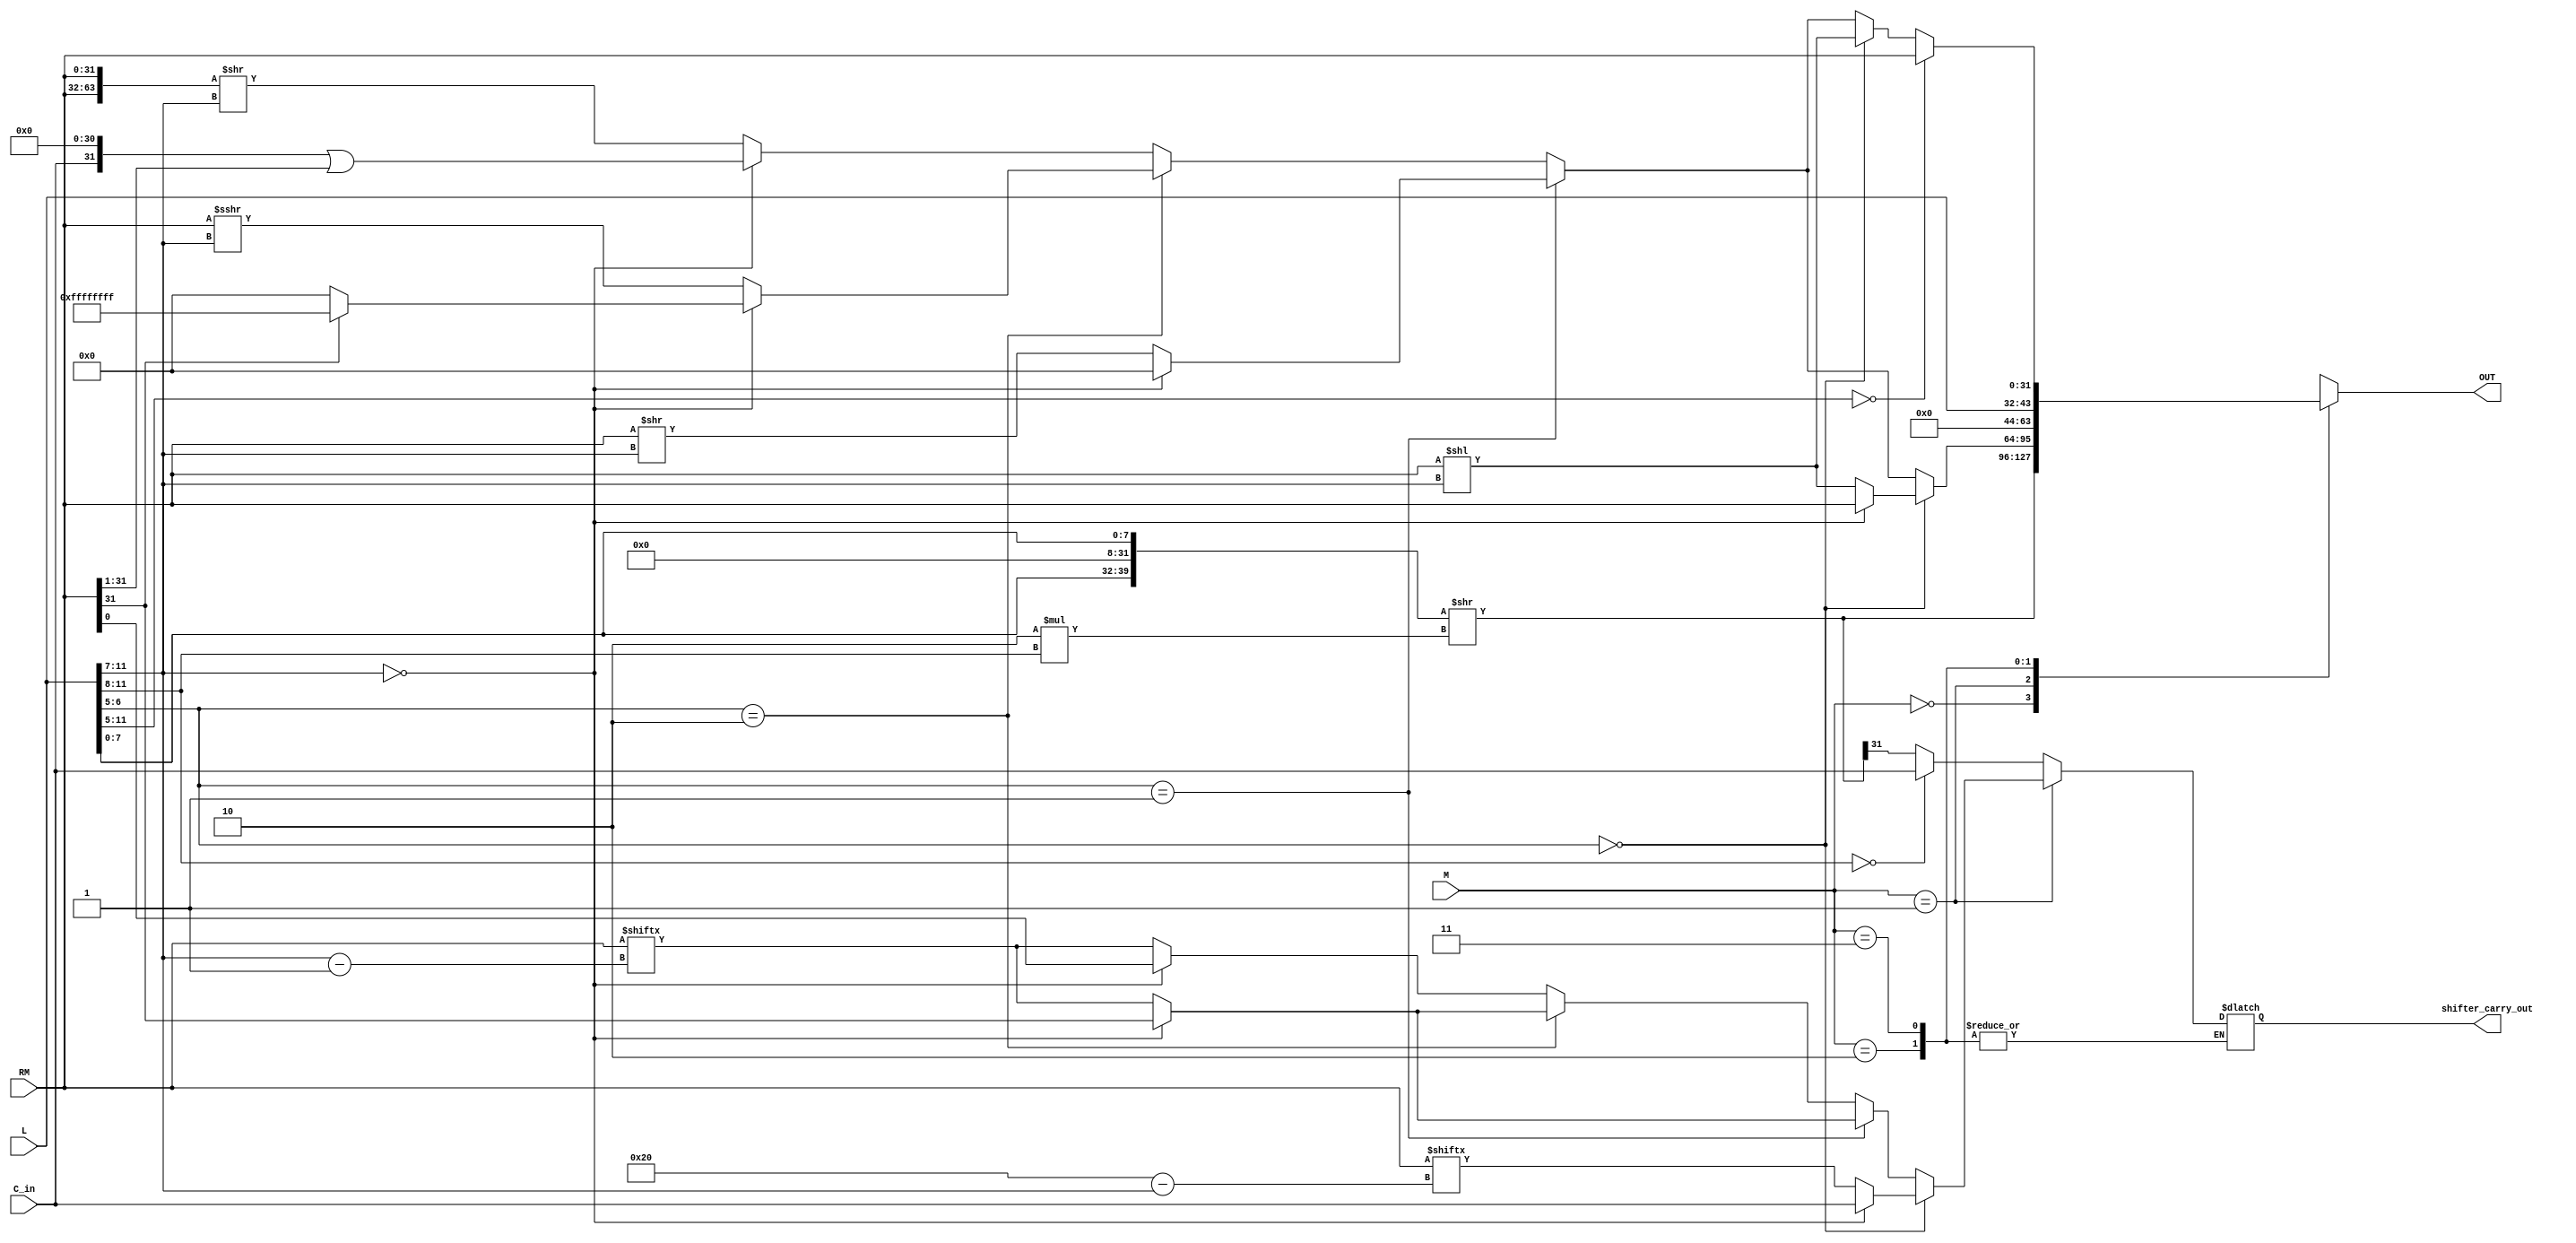
module shifter (output reg[31:0] OUT, output reg shifter_carry_out, input [31:0] RM, input[11:0] L, input[1:0] M, input C_in);
    reg [31:0] temp;
    always @ (L, RM)
        // Addressing Mode 1: Data processing
        // Immediate - ARM Manual A5.1.3
		case(M)
            2'b00:	begin
						{temp} = L[7:0];
						{OUT} = {temp, temp} >> (2 * L[11:8]);
						// Update shifter_carry_out
                    	if(L[11:8] == 4'b0000) 
							shifter_carry_out = C_in;
						else
							shifter_carry_out = OUT[31];
					end
            // Shift by Immediate Shifter
            2'b01:
                // L[11:7] = shift_imm.
                // L[6:5] = shift:= LSL | LSR | ASR | ROR
                    // LSL = Logical Shift Left - ARM Manual A5.1.5
                    // shifter_operand = Rm logically shifted to the left 'shift_imm' times.
                    if(L[6:5]==2'b00)  
							if(L[11:7] == 5'b00000)// Operand Register - ARM Manual A5.1.4
                                begin
                                    {OUT} <= RM;
                                    shifter_carry_out <= C_in;
                                end
                            else
                                begin
                                    {OUT} <= RM << L[11:7];
                                    shifter_carry_out <= RM[32-{L[11:7]}];
                                end
                    // LSR = Logical Shift Right - ARM Manual A5.1.7
                    // shifter_operand = Rm logically shifted to the right 'shift_imm' times.
                    else if(L[6:5]==2'b01)
							if(L[11:7] == 5'b00000)
                                begin
                                    {OUT} <= 32'b0;
                                    shifter_carry_out <= RM[31];
                                end
                            else
                                begin
                                    {OUT} <= RM >> L[11:7];
                                    shifter_carry_out <= RM[{L[11:7]}-1];
                                end
					// ASR = Arithmetic Shift Right - ARM Manual A5.1.9			
                    else if(L[6:5]==2'b10)  
							if(L[11:7] == 5'b00000)
                                if(RM[31] == 1'b0)
                                    begin
                                        {OUT} <= 32'b0;
                                        shifter_carry_out <= RM[31];
                                    end
                                else
                                    begin
                                        {OUT} <= 32'hFFFFFFFF;
                                        shifter_carry_out <= RM[31];
                                    end
                            else
                                begin
                                    {OUT} <= $signed(RM) >>> L[11:7];
                                    shifter_carry_out <= RM[{L[11:7]}-1];
                                end
                    // ROR = Rotate Right - ARM Manual A5.1.11
                    // shifter_operand = Rm rotated to the right 'shift_imm' times.
                    else
							if(L[11:7] == 5'b00000) // (Rotate right with extend - ARM Manual A5.1.13)
                                begin
                                    {OUT} <= (C_in << 31) | (RM >> 1);
                                    shifter_carry_out <= RM[0];
                                end
                            else
                                begin
                                    {OUT} <= {RM, RM} >> L[11:7];
                                    shifter_carry_out <= RM[{L[11:7]}-1];
                                end
			// Addressing Mode 2: Load Store
			//Immidiate Offset
			2'b10:  begin
						{OUT} <= L[11:0];
					end
			2'b11:	begin
						if(L[11:5]==7'b0)//Register Offset
							begin
							{OUT} <= RM;
							end
						else if(L[6:5]==2'b00)//LSL
							{OUT} <= RM << L[11:7];
						else if(L[6:5]==2'b01)//LSR
							begin
								if(L[11:7]==5'b00000)
									{OUT} <= 32'b0;
								else 
									{OUT} <= RM >> L[11:7];
							end
						else if(L[6:5]==2'b10)//ASR
							begin
								if(L[11:7] == 5'b00000)
									if(RM[31] == 1'b0)
											{OUT} <= 32'b0;
									else
										{OUT} <= 32'hFFFFFFFF;
								else
									{OUT} <= $signed(RM) >>> L[11:7];
							end
						else//ROR/RRX
							begin 
								if(L[11:7] == 5'b00000) 
                                    {OUT} <= (C_in << 31) | (RM >> 1);
								else
									{OUT} <= {RM, RM} >> L[11:7];
							end
					end
		endcase
endmodule